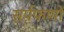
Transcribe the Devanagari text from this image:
सर्पफणों